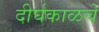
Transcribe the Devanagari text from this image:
दीर्घकाळचे